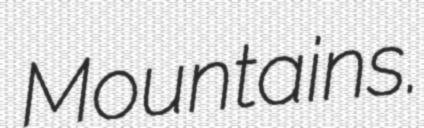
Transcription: Mountains.